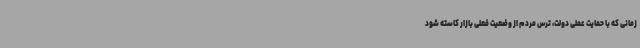
زمانی که با حمایت عملی دولت، ترس مردم از وضعیت فعلی بازار کاسته شود